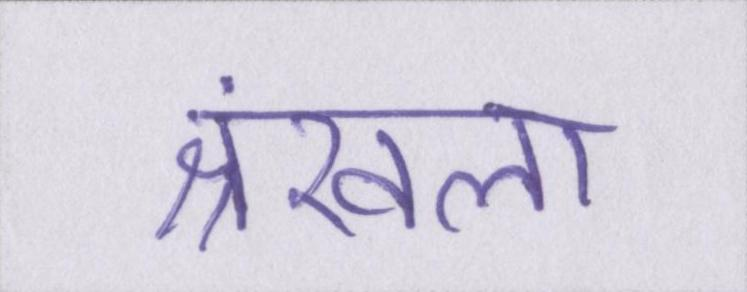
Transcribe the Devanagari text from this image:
श्रंखला